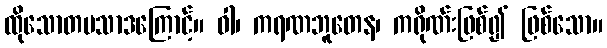
ထိုသောတပသာဒကြောင့်။ ဝါ၊ ကရဏဘူတေန၊ ကရိုဏ်းဖြစ်၍ ဖြစ်သော။